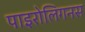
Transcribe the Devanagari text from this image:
पाइरोलिगनस